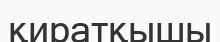
қиратқышы